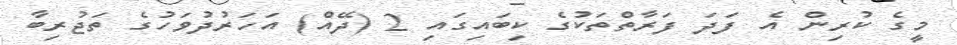
މީގެ ކުރިން އެ ފަދަ ފަރާތްތަކުގެ ކިބައިގައި 2 (ދޭއް) އަހަރުދުވަހުގެ ތަޖުރިބާ